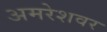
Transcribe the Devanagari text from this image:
अमरेशवर